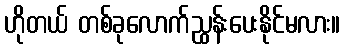
ဟိုတယ် တစ်ခုလောက်ညွှန်းပေးနိုင်မလား။